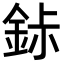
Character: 𬫐